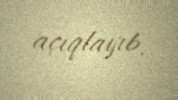
açıqlayıb.